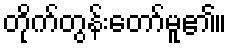
တိုက်တွန်းတော်မူ၏။